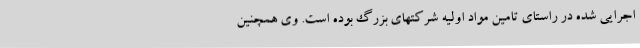
اجرایی شده در راستای تامین مواد اولیه شرکتهای بزرگ بوده است. وی همچنین